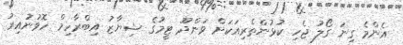
އެންމެ ގިނަ ގޯލު ޖެހި ކުޅުންތެރިއަކަށް ވަންދޫ ޓީމުގެ ޝިޔާޒު އިބްރާހިމް ހޮވުނުއިރު